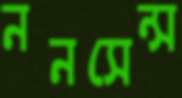
ননসেন্স